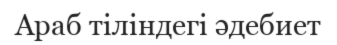
Араб тіліндегі әдебиет